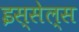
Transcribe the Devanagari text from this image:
इस्सेल्स